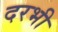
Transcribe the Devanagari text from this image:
दरभी